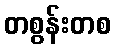
တစွန်းတစ